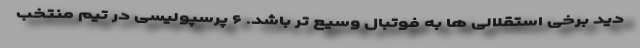
دید برخی استقلالی ها به فوتبال وسیع تر باشد. ۶ پرسپولیسی در تیم منتخب